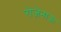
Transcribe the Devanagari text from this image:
रोज़ेनाऊ